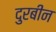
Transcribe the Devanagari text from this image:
दुरबीन